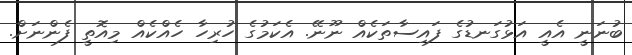
ބުނަނީ އެއީ އަޅުގަނޑުގެ ފައިސާތަކެއް ނޫނޭ. އެކަމުގެ ހުރިހާ ހެއްކެއް މިއޮތީ ފެންނަށް.